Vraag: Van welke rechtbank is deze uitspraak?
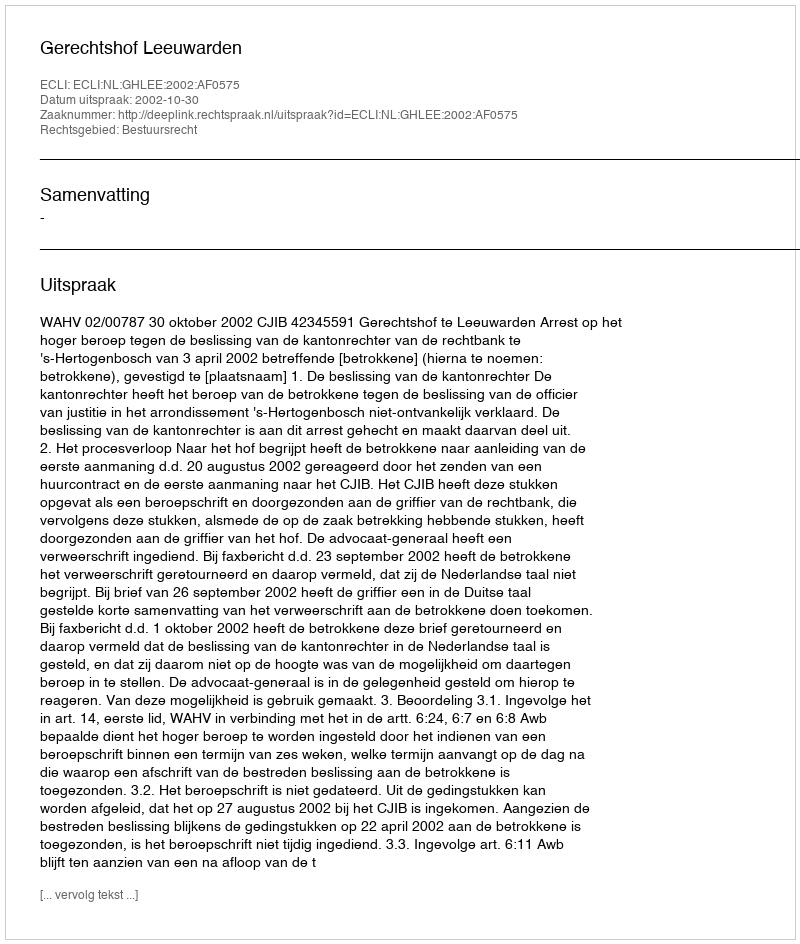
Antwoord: Gerechtshof Leeuwarden